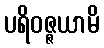
ပရိဝဇ္ဇယာမိ